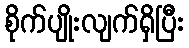
စိုက်ပျိုးလျက်ရှိပြီး